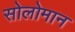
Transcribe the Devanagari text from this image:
सोलोमान